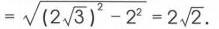
$=\sqrt{(2\sqrt{3})^{2}-2^{2}} = 2\sqrt{2}.$